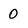
Character: O